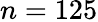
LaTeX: n=125